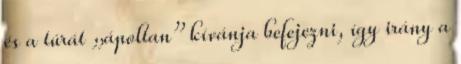
és a túrát „ápoltan” kívánja befejezni, így irány a